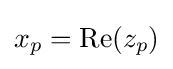
x_{p}=\operatorname {Re} (z_{p})